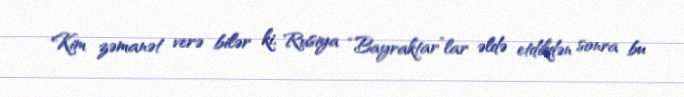
Kim zəmanət verə bilər ki, Rusiya “Bayraktar”lar əldə etdikdən sonra bu